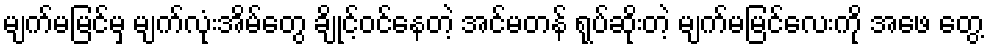
မျက်မမြင်မှ မျက်လုံးအိမ်တွေ ချိုင့်ဝင်နေတဲ့ အင်မတန် ရုပ်ဆိုးတဲ့ မျက်မမြင်လေးကို အဖေ တွေ့